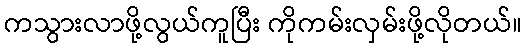
ကသွားလာဖို့လွယ်ကူပြီး ကိုကမ်းလှမ်းဖို့လိုတယ်။